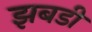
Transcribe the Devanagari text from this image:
झबडी